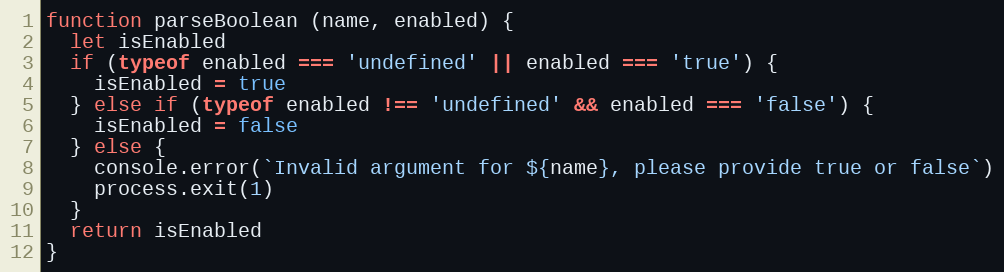
Language: JavaScript
function parseBoolean (name, enabled) {
  let isEnabled
  if (typeof enabled === 'undefined' || enabled === 'true') {
    isEnabled = true
  } else if (typeof enabled !== 'undefined' && enabled === 'false') {
    isEnabled = false
  } else {
    console.error(`Invalid argument for ${name}, please provide true or false`)
    process.exit(1)
  }
  return isEnabled
}